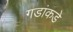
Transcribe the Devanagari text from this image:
गडांकडे